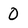
Character: 0